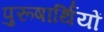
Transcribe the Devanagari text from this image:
पुरूषार्थियों